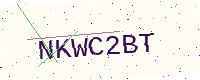
Text: NKWC2BT